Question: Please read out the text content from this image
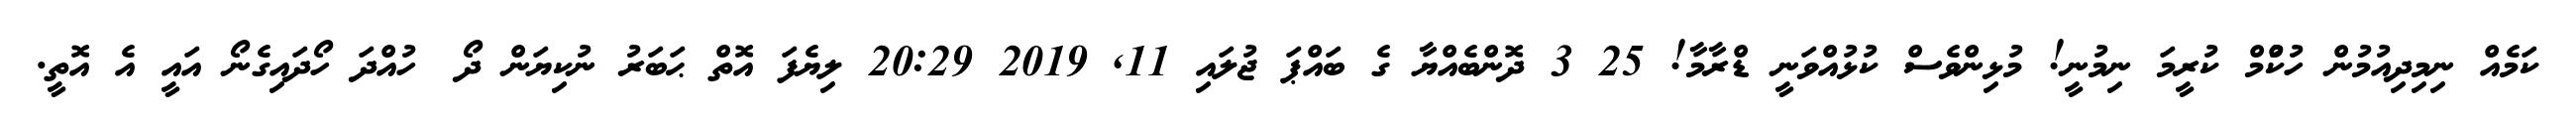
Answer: ކަމެއް ނިމިދިއުމުން ހުކުްމް ކުރީމަ ނިމުނީ! މުޅިންވެސް ކުޅުއްވަނީ ޑްރާމާ! 25 3 ދޮންބެއްޔާ ގެ ބައްޕަ ޖުލައި 11, 2019 20:29 ލިޔެފަ އޮތް ޙަބަރު ނުކިޔަން ދޯ? ހުއްދަ ހޯދައިގެނޯ އައީ އެ އޮތީ.